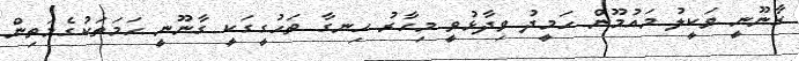
ގާނޫނީ ވަކީލު މައުމޫން ހަމީދު ވިދާޅުވީ މިހާރު ހިނގާ ތަހުގީގަކީ ގާނޫނީ ހަމަތަކުގެމަތިން